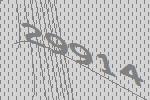
29914